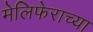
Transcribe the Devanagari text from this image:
मेलिफेराच्या